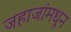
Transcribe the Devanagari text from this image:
जहाजांमधून